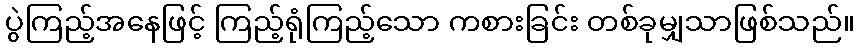
ပွဲကြည့်အနေဖြင့် ကြည့်ရုံကြည့်သော ကစားခြင်း တစ်ခုမျှသာဖြစ်သည်။